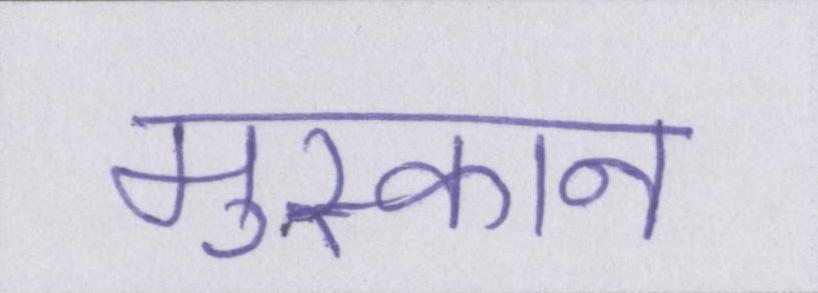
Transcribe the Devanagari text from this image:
मुस्कान